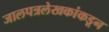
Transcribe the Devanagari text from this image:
जालपत्रलेखकांकडून